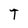
Character: T